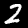
Digit: 2